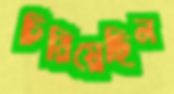
চিরিয়েছিল